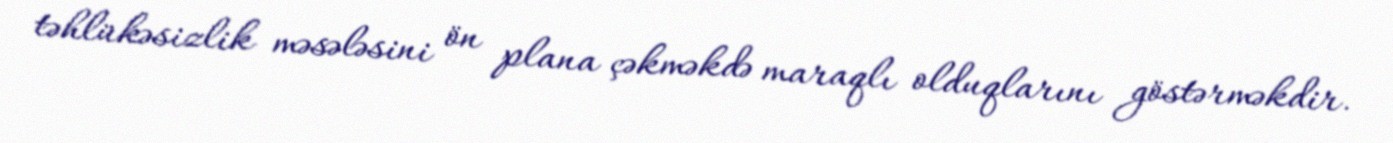
təhlükəsizlik məsələsini ön plana çəkməkdə maraqlı olduqlarını göstərməkdir.